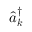
\hat { a } _ { \boldsymbol k } ^ { \dagger }